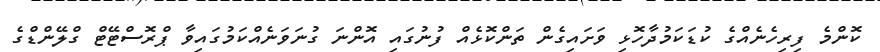
ކޮންމެ ފިރިހެނެއްގެ ކުޑަކަމުދާހޮޅި ވަށައިގެން ތަންކޮޅެއް ފުނުގައި އޮންނަ ގުނަވަނެއްކަމުގައިވާ ޕްރޮސްޓޭޓް ގްލޭންޑްގެ